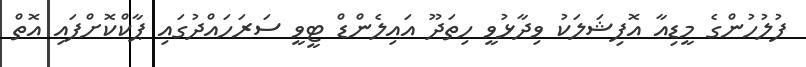
ފުލުހުންގެ މީޑިއާ އޮފިޝަލަކު ވިދާޅުވީ ހިތަދޫ އައިލެންޑް ޓީވީ ސަރަހައްދުގައި ޕާކްކޮށްފައި އޮތް